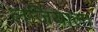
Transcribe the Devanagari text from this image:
लजियात।